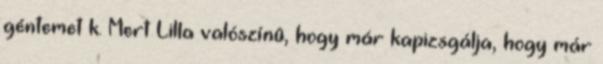
géntemetōk. Mert Lilla valószínû, hogy már kapizsgálja, hogy már